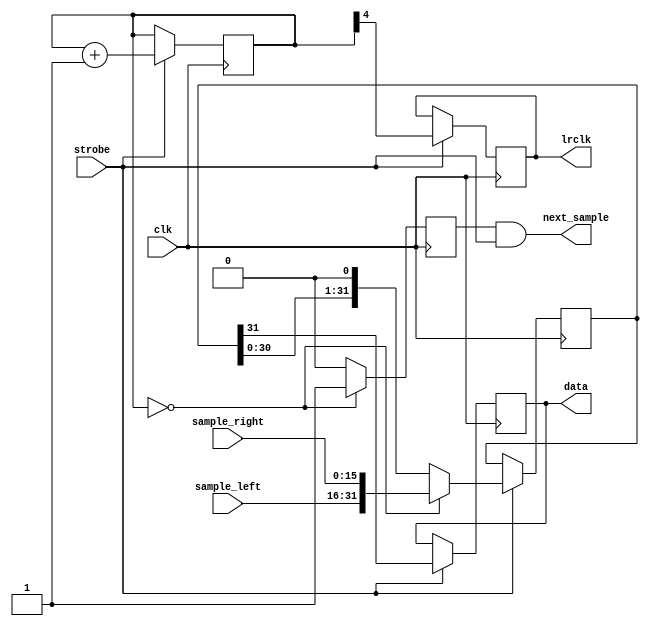
/*
https://wavedrom.com/editor.html
{signal: [
  {name: 'LRCLK', wave: 'hl......|.h......|.l.'},
  {name: 'BCLK' , wave: 'p..P....|........|...', phase:0.5},
  {name: 'DATA' , wave: 'x.333333|33444444|443', data: ['L15','L14','L13','L12','L11','','L1','L0','R15','R14','R13','R12','R11','','R1','R0','L31']},
]}
*/

module i2s_tx_16 (
  input wire clk,
  input wire strobe,
  input wire[15:0] sample_left,
  input wire[15:0] sample_right,
  output wire next_sample,
  output reg lrclk,
  output reg data
);
  // Counter
  reg[5:1] div;
  initial
    div = 0;
  always @(posedge clk)
    if(strobe)
      div <= div + 1;

  // LR Clock
  initial lrclk = 1;
  always @(posedge clk)
    if(strobe)
      lrclk <= div[5];

  // Next sample signal
  reg need_sample;
  initial
    need_sample = 0;
  always @(posedge clk) begin
    if (div == 0)
      need_sample <= 1;
    else
      need_sample <= 0;
  end
  assign next_sample = need_sample && strobe;

  // Shift Register
  reg[31:0] shiftreg;
  initial
    shiftreg = 0;
  always @(posedge clk)
    if(strobe) begin
      if (div == 0)
        shiftreg <= {sample_left, sample_right};
      else
        shiftreg <= {shiftreg[30:0], 1'b0};
    end

  // Data
  initial
    data = 0;
  always @(posedge clk)
    if(strobe)
      data <= shiftreg[31];

endmodule